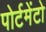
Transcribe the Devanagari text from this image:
पोर्टमेंटो